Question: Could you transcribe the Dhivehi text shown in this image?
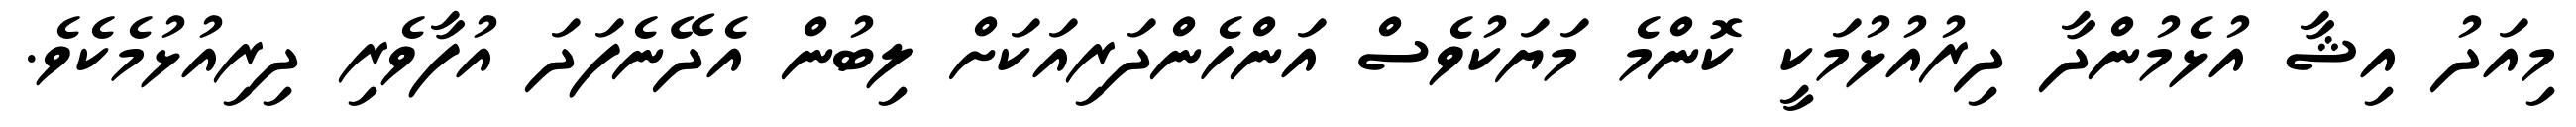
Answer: މިއަދު އިޝާ އުޅެމުންދާ ދިރުއުޅުމަކީ ކޮންމެ މަޔަކުވެސް އަންހެންދަރިއަކަށް ލިބުން އެދޭނެފަދަ އުފާވެރި ދިރިއުޅުމެކެވެ.